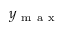
y _ { \mathrm { ~ m ~ a ~ x ~ } }